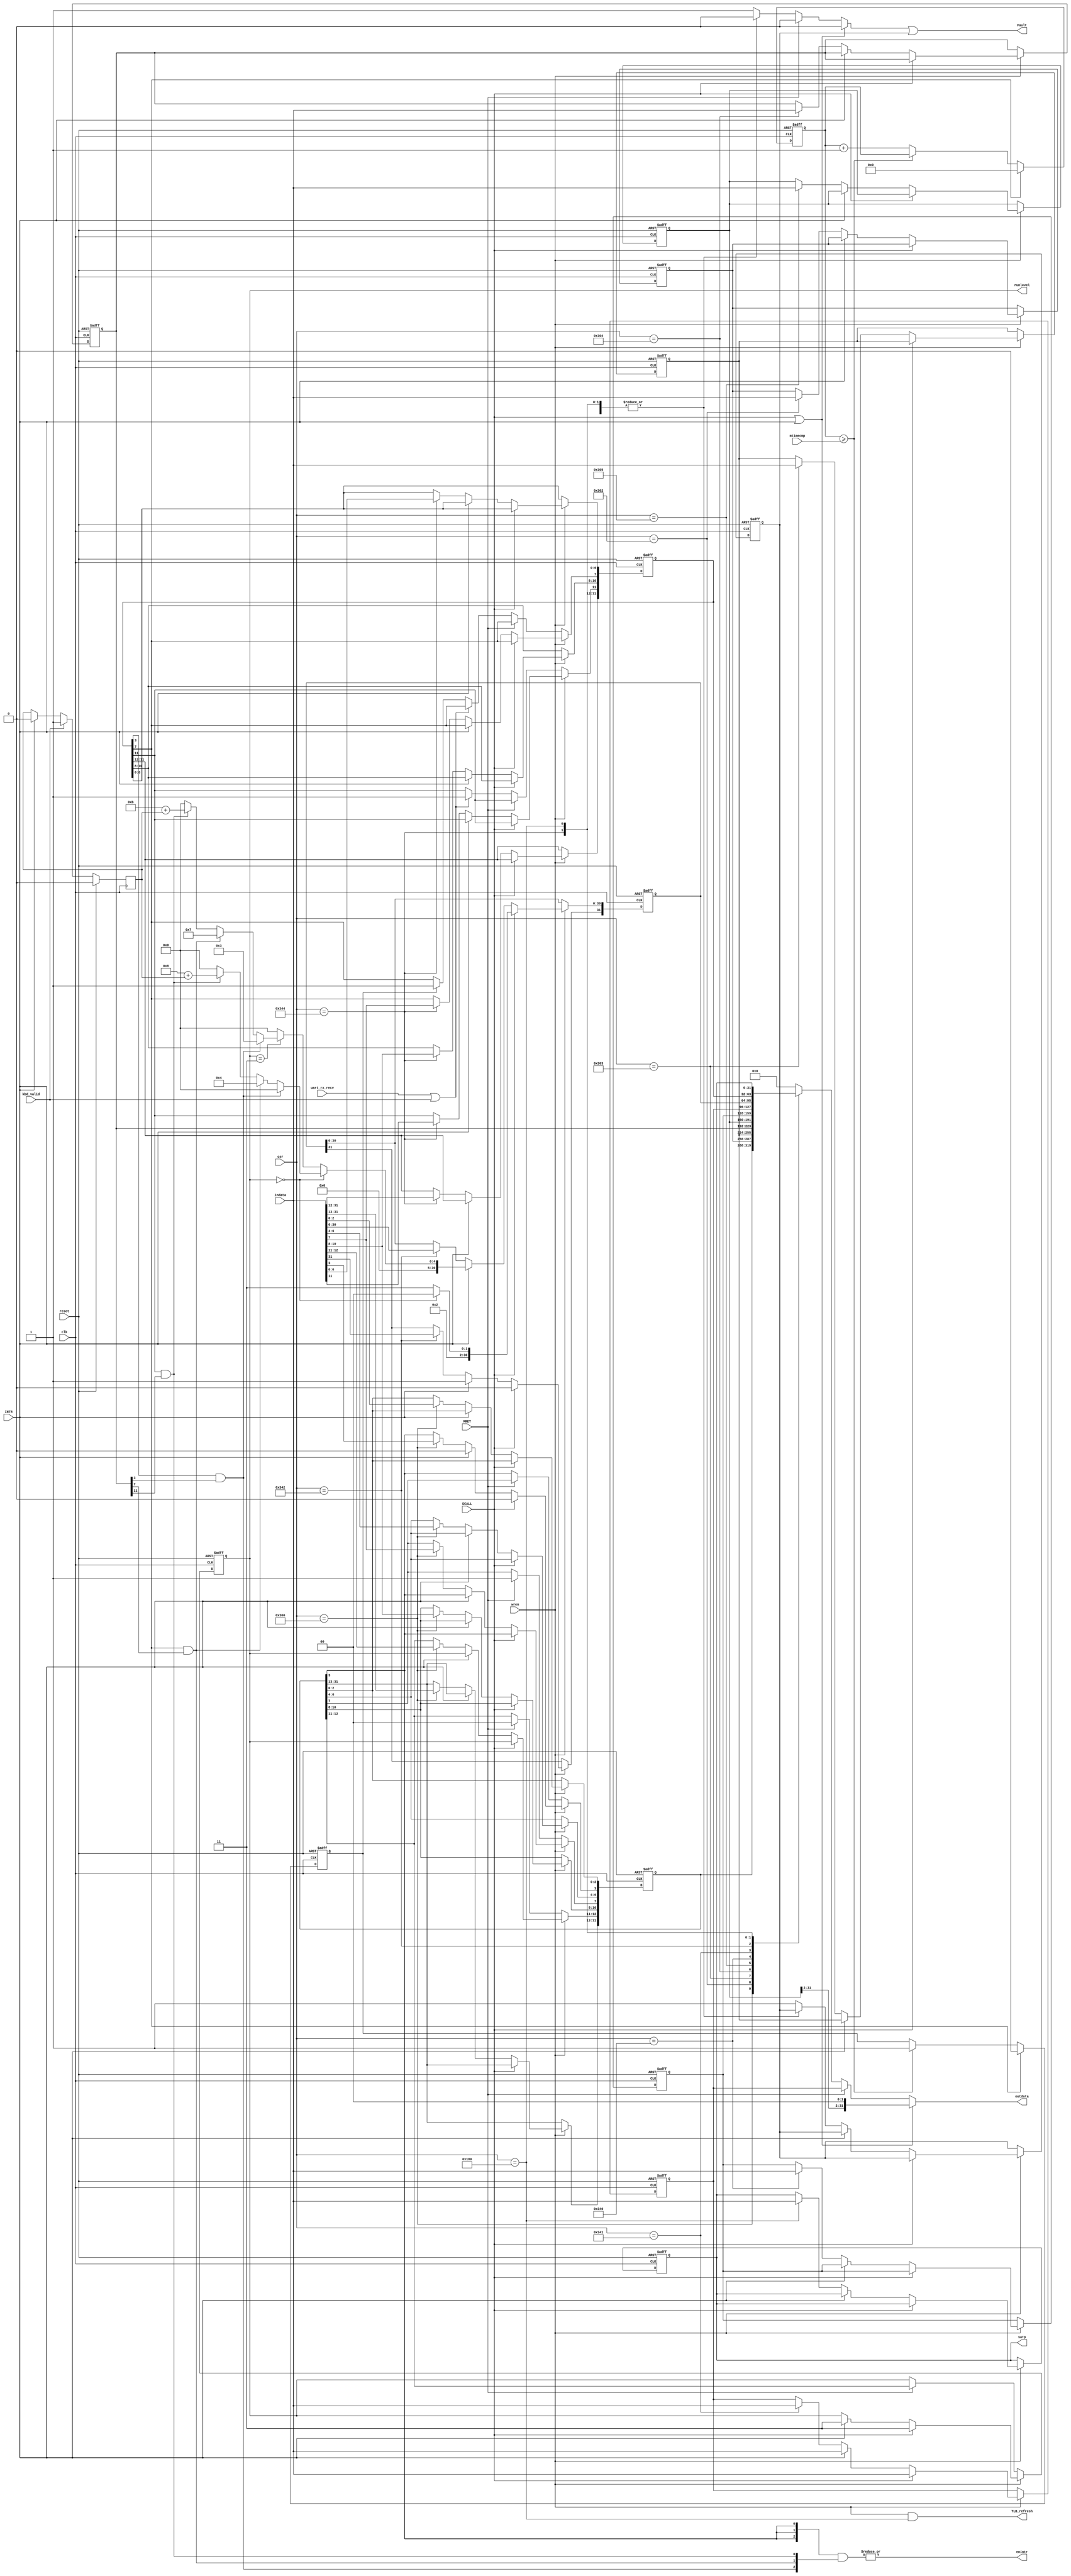
module CSRFILE(
	input clk,reset,
	input [11:0] csr,
	input wren,
	output reg [1:0] runlevel,
	input [31:0] indata,
	output reg [31:0] outdata,
	output reg [31:0] satp,
	input [63:0] mtimecmp,
	input ECALL,
	input MRET,
	input INTR,
	input uart_rx_recv,
    input kbd_valid,
	output enintr,
    output TLB_refresh,
	output Fault
);
localparam U = 2'h0;
localparam M = 2'h3;

reg[31:0] mstatus;
reg[31:0] medeleg;
reg[31:0] mideleg;
reg[31:0] mtvec;
reg[31:0] mscratch;
reg[31:0] mepc;
reg[31:0] mcause;
reg[31:0] mip;
reg[31:0] mie;
reg[63:0] mtime;

wire soft_intr = mip[3] & mie[3];
wire timer_intr = mip[7] & mie[7];
wire ext_intr = mip[11] & mie[11];
wire [2:0] intr = {3{mstatus[3]}} & {soft_intr,timer_intr,ext_intr};
assign enintr = |intr;
reg timeintr;
reg read_fault, write_fault;
assign Fault = read_fault | write_fault;
reg [30:0] ex_code;
assign TLB_refresh = wren & (csr == 12'h180);
reg kbd_pend;

always @(posedge clk)
    if(reset)   kbd_pend <= 1'b0;
    else if(kbd_valid) kbd_pend <= 1'b1;
    else if(INTR) kbd_pend <= 1'b0;

always @*
	if(runlevel == U) begin
		if(soft_intr)
			ex_code = 31'd0;
		else if(timer_intr)
			ex_code = 31'd4;
		else if(ext_intr)
			ex_code = 31'd8 + kbd_pend;
		else
			ex_code = 31'd0;
	end
	else if(runlevel == M) begin
		if(soft_intr)
			ex_code = 31'd3;
		else if(timer_intr)
			ex_code = 31'd7;
		else if(ext_intr)
			ex_code = 31'd11 + kbd_pend;
		else
			ex_code = 31'd0;
	end
	else
			ex_code = 31'd0;
	

always @* begin
	read_fault <= 1'b0;
	if(ECALL | INTR)
		outdata <= {mtvec[31:2], 2'h0};
	else if(MRET)
		outdata <= mepc;
	else
		case(csr)
			12'h300: outdata <= mstatus;
			12'h302: outdata <= medeleg;
			12'h303: outdata <= mideleg;
			12'h304: outdata <= mie;
			12'h305: outdata <= mtvec;
			12'h340: outdata <= mscratch;
			12'h341: outdata <= mepc;
			12'h342: outdata <= mcause;
			12'h344: outdata <= mip;
			12'h180: outdata <= satp;
			default: {read_fault,outdata} <= {1'b1,32'h0};
		endcase
	end

always @(posedge clk, posedge reset)
	if(reset) begin
		mstatus <= 32'h0;
		medeleg <= 32'h0;
		mideleg <= 32'h0;
		mie <= 32'h0;
		mtvec <= 32'h0;
		mscratch <= 32'h0;
		mepc <= 32'h0;
		mcause <= 32'h0;
		mip <= 32'h0;
		satp <= 32'h0;
		write_fault <= 1'b0;
		runlevel <= M;
	end
	else if(wren)
		if(ECALL) begin
			mepc <= indata; 
			mcause <= (runlevel == U) ? 32'd8 : 32'd11;
			mstatus[12:11] <= runlevel;
			mstatus[7] <= mstatus[3];
			mstatus[3] <= 1'b0;
			runlevel <= M;
		end
		else if(INTR) begin
			mepc <= indata; 
			mcause[31] <= 1'b1;
			mcause[30:0] <= ex_code;
			mstatus[12:11] <= runlevel;
			mstatus[7] <= mstatus[3];
			mstatus[3] <= 1'b0;
			runlevel <= M;
		end
		else
			case(csr)
				12'h300: mstatus <= indata;
				12'h302: medeleg <= indata;
				12'h303: mideleg <= indata;
				12'h304: mie <= indata;
				12'h305: mtvec <= indata;
				12'h340: mscratch <= indata;
				12'h341: mepc <= indata;
				12'h342: mcause <= indata;
				12'h344: mip <= indata;
				12'h180: satp <= indata;
				default: write_fault <= 1'b1;
			endcase
	else if(MRET) begin
		runlevel <= mstatus[12:11];
		mstatus[12:11] <= U;
		mstatus[3] <= mstatus[7];
		mstatus[7] <= 1'b1;
	end 
	else if(uart_rx_recv | kbd_valid)
		mip[11] <= 1'b1;
	else if(timeintr) 
		mip[7] <= 1'b1;

always @(posedge clk, posedge reset)
	if(reset) begin
		mtime <= 64'h0;
		timeintr <= 1'b0;
	end
	else if(mip[7]) begin
		timeintr <= 1'b0;
		mtime <= 64'h0;
	end
	else if(mtime >= mtimecmp)
		timeintr <= 1'b1;
	else
		mtime <= mtime + 1'b1;

endmodule